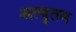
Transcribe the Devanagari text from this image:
अत्युतम